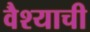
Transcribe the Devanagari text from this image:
वैश्याची